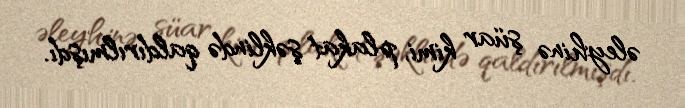
əleyhinə şüar kimi, plakat şəklində qaldırılmışdı.